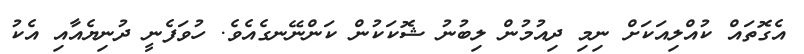
އެގޮތައް ކުއްލިއަކަށް ނިމި ދިއުމުން ލިބުނު ޝޮކަކުން ކަންނޭނގެއެވެ. ހުވަފެނީ ދުނިޔެއާއި އެކު